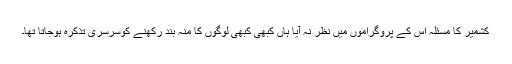
کشمیر کا مسئلہ اس کے پروگراموں میں نظر نہ آیا ہاں کبھی کبھی لوگوں کا منہ بند رکھنے کوسرسری تذکرہ ہوجاتا تھا۔